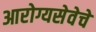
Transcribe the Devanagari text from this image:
आरोग्यसेवेचे